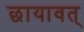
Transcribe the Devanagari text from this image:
छायावत्‌